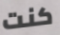
كنت